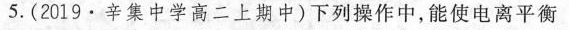
5.(2019·辛集中学高二上期中)下列操作中，能使电离平衡